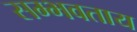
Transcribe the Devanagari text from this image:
सम्भवताय